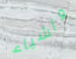
وأشياء